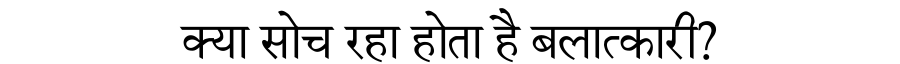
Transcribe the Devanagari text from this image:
क्या सोच रहा होता है बलात्कारी?